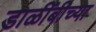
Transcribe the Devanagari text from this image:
डाळींबीच्या